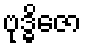
ဗုဒ္ဓိဇော